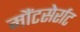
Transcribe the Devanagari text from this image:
मौंटसेर्राट